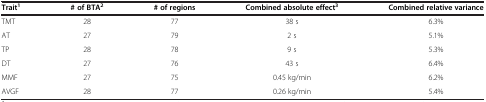
<table><thead><tr><td><b>Trait<sup>1</sup></b></td><td><b># of BTA<sup>2</sup></b></td><td><b># of regions</b></td><td><b>Combined absolute effect<sup>3</sup></b></td><td><b>Combined relative variance</b></td></tr></thead><tbody><tr><td>TMT</td><td>28</td><td>77</td><td>38 s</td><td>6.3%</td></tr><tr><td>AT</td><td>27</td><td>79</td><td>2 s</td><td>5.1%</td></tr><tr><td>TP</td><td>28</td><td>78</td><td>9 s</td><td>5.3%</td></tr><tr><td>DT</td><td>27</td><td>76</td><td>43 s</td><td>6.4%</td></tr><tr><td>MMF</td><td>27</td><td>75</td><td>0.45 kg/min</td><td>6.2%</td></tr><tr><td>AVGF</td><td>28</td><td>77</td><td>0.26 kg/min</td><td>5.4%</td></tr></tbody></table>